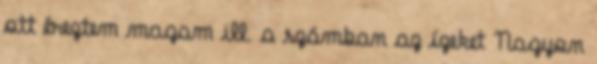
ott éreztem magam ill. a számban az ízeket Nagyon